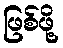
ဖြစ်ဖို့